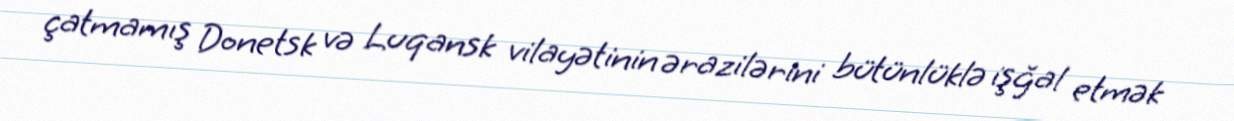
çatmamış Donetsk və Luqansk vilayətinin ərazilərini bütünlüklə işğal etmək